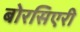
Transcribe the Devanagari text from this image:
बोरसिएरी